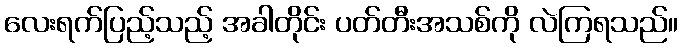
လေးရက်ပြည့်သည့် အခါတိုင်း ပတ်တီးအသစ်ကို လဲကြရသည်။